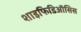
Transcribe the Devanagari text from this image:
शाइफिडिऑसिस